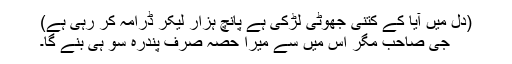
(دل میں آیا کے کتنی جھوٹی لڑکی ہے پانچ ہزار لیکر ڈرامہ کر رہی ہے)
جی صاحب مگر اس میں سے میرا حصہ صرف پندرہ سو ہی بنے گا۔